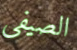
الصيفي